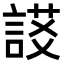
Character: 𧩃